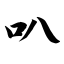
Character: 叭